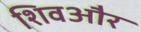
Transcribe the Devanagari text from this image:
शिवऔर